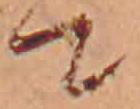
て